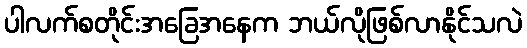
ပါလက်စတိုင်းအခြေအနေက ဘယ်လိုဖြစ်လာနိုင်သလဲ